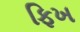
ફિખ